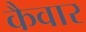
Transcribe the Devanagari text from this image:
कैवार